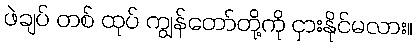
ဖဲချပ် တစ် ထုပ် ကျွန်တော်တို့ကို ငှားနိုင်မလား။